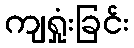
ကျရှုံးခြင်း